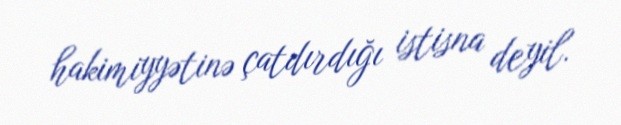
hakimiyyətinə çatdırdığı istisna deyil.